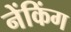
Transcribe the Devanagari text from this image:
नेंकिंग